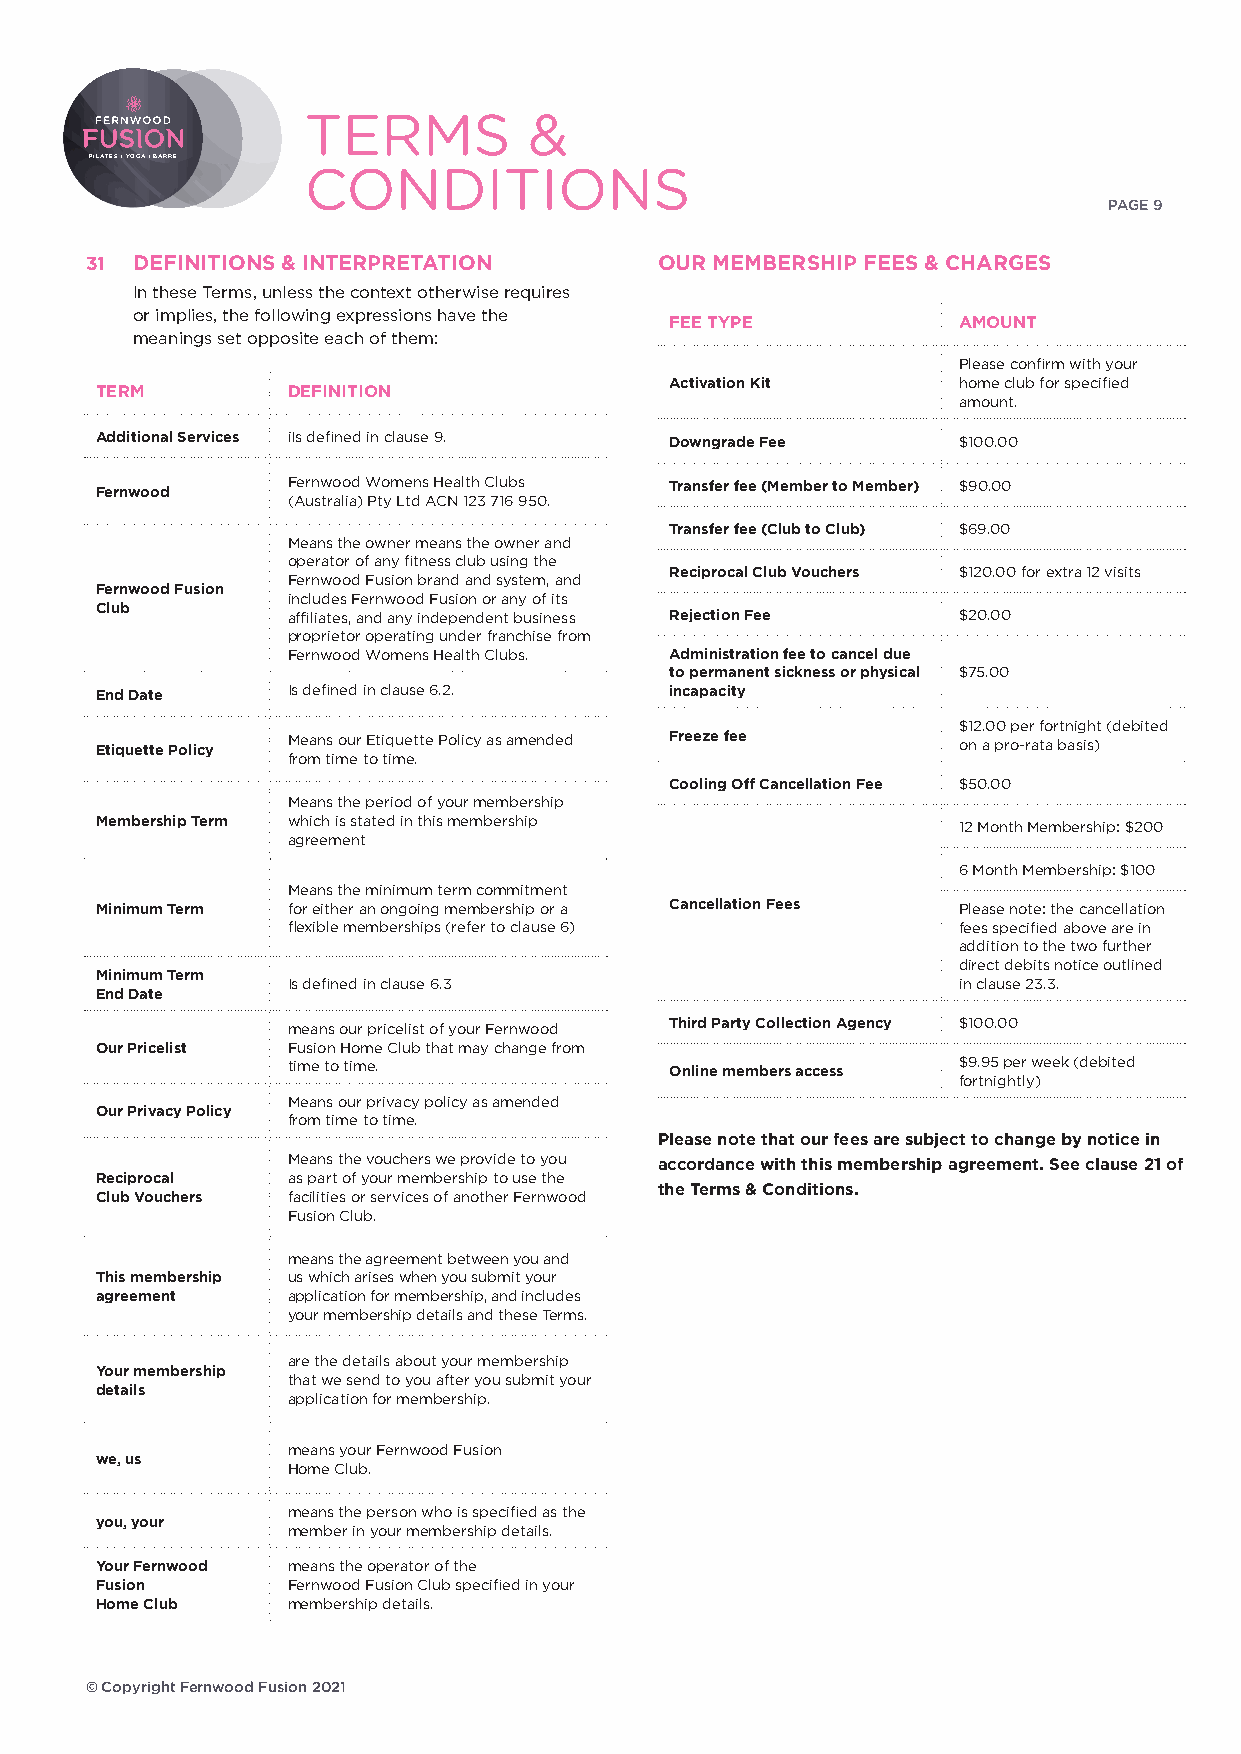
TERMS          &
 PILATES | YOGA | BARRE
 CONDITIONS
 PAGE 9
 31 DEFINITIONS & INTERPRETATION       OUR MEMBERSHIP FEES & CHARGES
 In these Terms, unless the context otherwise requires
 or implies, the following expressions have the
 FEE TYPE           AMOUNT
 meanings set opposite each of them:
 Please confirm with your
 Activation Kit     home club for specified
 TERM         DEFINITION
 amount.
 Additional Services iIs defined in clause 9. Downgrade Fee $100.00
 Fernwood     Fernwood Womens Health Clubs Transfer fee (Member to Member) $90.00
 (Australia) Pty Ltd ACN 123 716 950.
 Transfer fee (Club to Club) $69.00
 Means the owner means the owner and
 operator of any fitness club using the
 Reciprocal Club Vouchers $120.00 for extra 12 visits
 Fernwood Fusion brand and system, and
 Fernwood Fusion
 includes Fernwood Fusion or any of its
 Club         affiliates, and any independent business Rejection Fee $20.00
 proprietor operating under franchise from
 Fernwood Womens Health Clubs. Administration fee to cancel due
 to permanent sickness or physical $75.00
 End Date     Is defined in clause 6.2. incapacity
 $12.00 per fortnight (debited
 Etiquette Policy Means our Etiquette Policy as amended Freeze fee on a pro-rata basis)
 from time to time.
 Cooling Off Cancellation Fee $50.00
 Means the period of your membership
 Membership Term which is stated in this membership       12 Month Membership: $200
 agreement
 6 Month Membership: $100
 Means the minimum term commitment
 Minimum Term for either an ongoing membership or a Cancellation Fees Please note: the cancellation
 flexible memberships (refer to clause 6)    fees specified above are in
 addition to the two further
 direct debits notice outlined
 Minimum Term
 Is defined in clause 6.3                    in clause 23.3.
 End Date
 means our pricelist of your Fernwood Third Party Collection Agency $100.00
 Our Pricelist Fusion Home Club that may change from
 time to time.            Online members access $9.95 per week (debited
 fortnightly)
 Means our privacy policy as amended
 Our Privacy Policy
 from time to time.
 Please note that our fees are subject to change by notice in
 Means the vouchers we provide to you accordance with this membership agreement. See clause 21 of
 Reciprocal   as part of your membership to use the
 the Terms & Conditions.
 Club Vouchers facilities or services of another Fernwood
 Fusion Club.
 means the agreement between you and
 This membership us which arises when you submit your
 agreement    application for membership, and includes
 your membership details and these Terms.
 are the details about your membership
 Your membership
 that we send to you after you submit your
 details
 application for membership.
 means your Fernwood Fusion
 we, us
 Home Club.
 means the person who is specified as the
 you, your
 member in your membership details.
 Your Fernwood means the operator of the
 Fusion       Fernwood Fusion Club specified in your
 Home Club    membership details.
 © Copyright Fernwood Fusion 2021